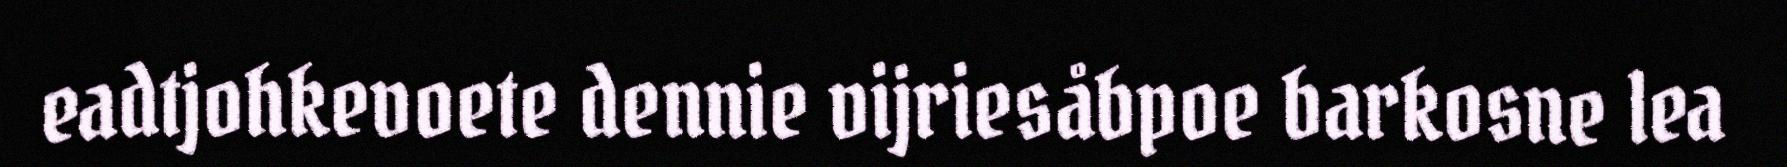
eadtjohkevoete dennie vijriesåbpoe barkosne lea